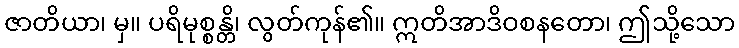
ဇာတိယာ၊ မှ။ ပရိမုစ္စန္တိ၊ လွတ်ကုန်၏။ ဣတိအာဒိဝစနတော၊ ဤသို့သော